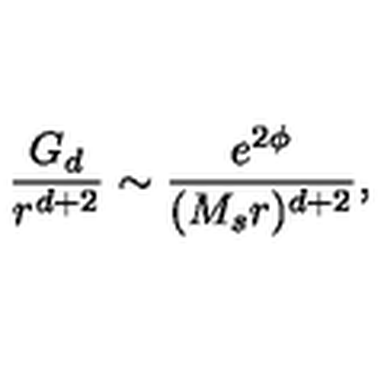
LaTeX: { \frac { G _ { d } } { r ^ { d + 2 } } } \sim { \frac { e ^ { 2 \phi } } { ( M _ { s } r ) ^ { d + 2 } } } ,